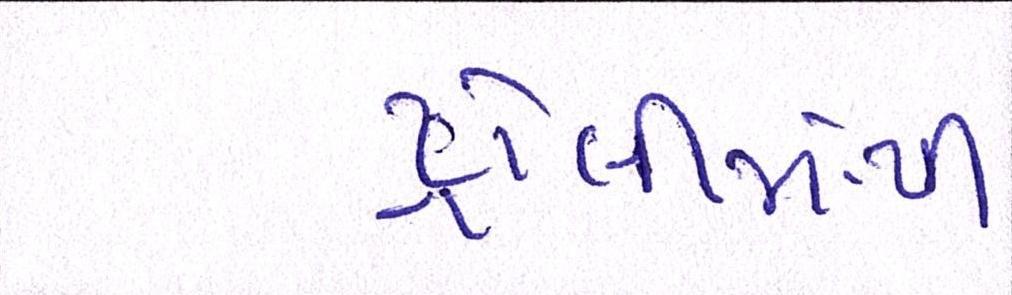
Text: ટ્રોલીમાંથી